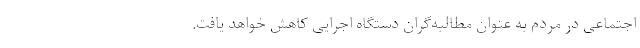
اجتماعی در مردم به عنوان مطالبه‌گران دستگاه اجرایی کاهش خواهد یافت.